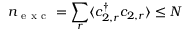
n _ { \mathrm { ~ e ~ x ~ c ~ } } = \sum _ { r } \langle c _ { 2 , r } ^ { \dagger } c _ { 2 , r } \rangle \leq N